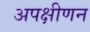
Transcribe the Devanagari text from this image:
अपक्षीणन